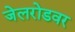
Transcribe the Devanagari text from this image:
जेलरोडवर